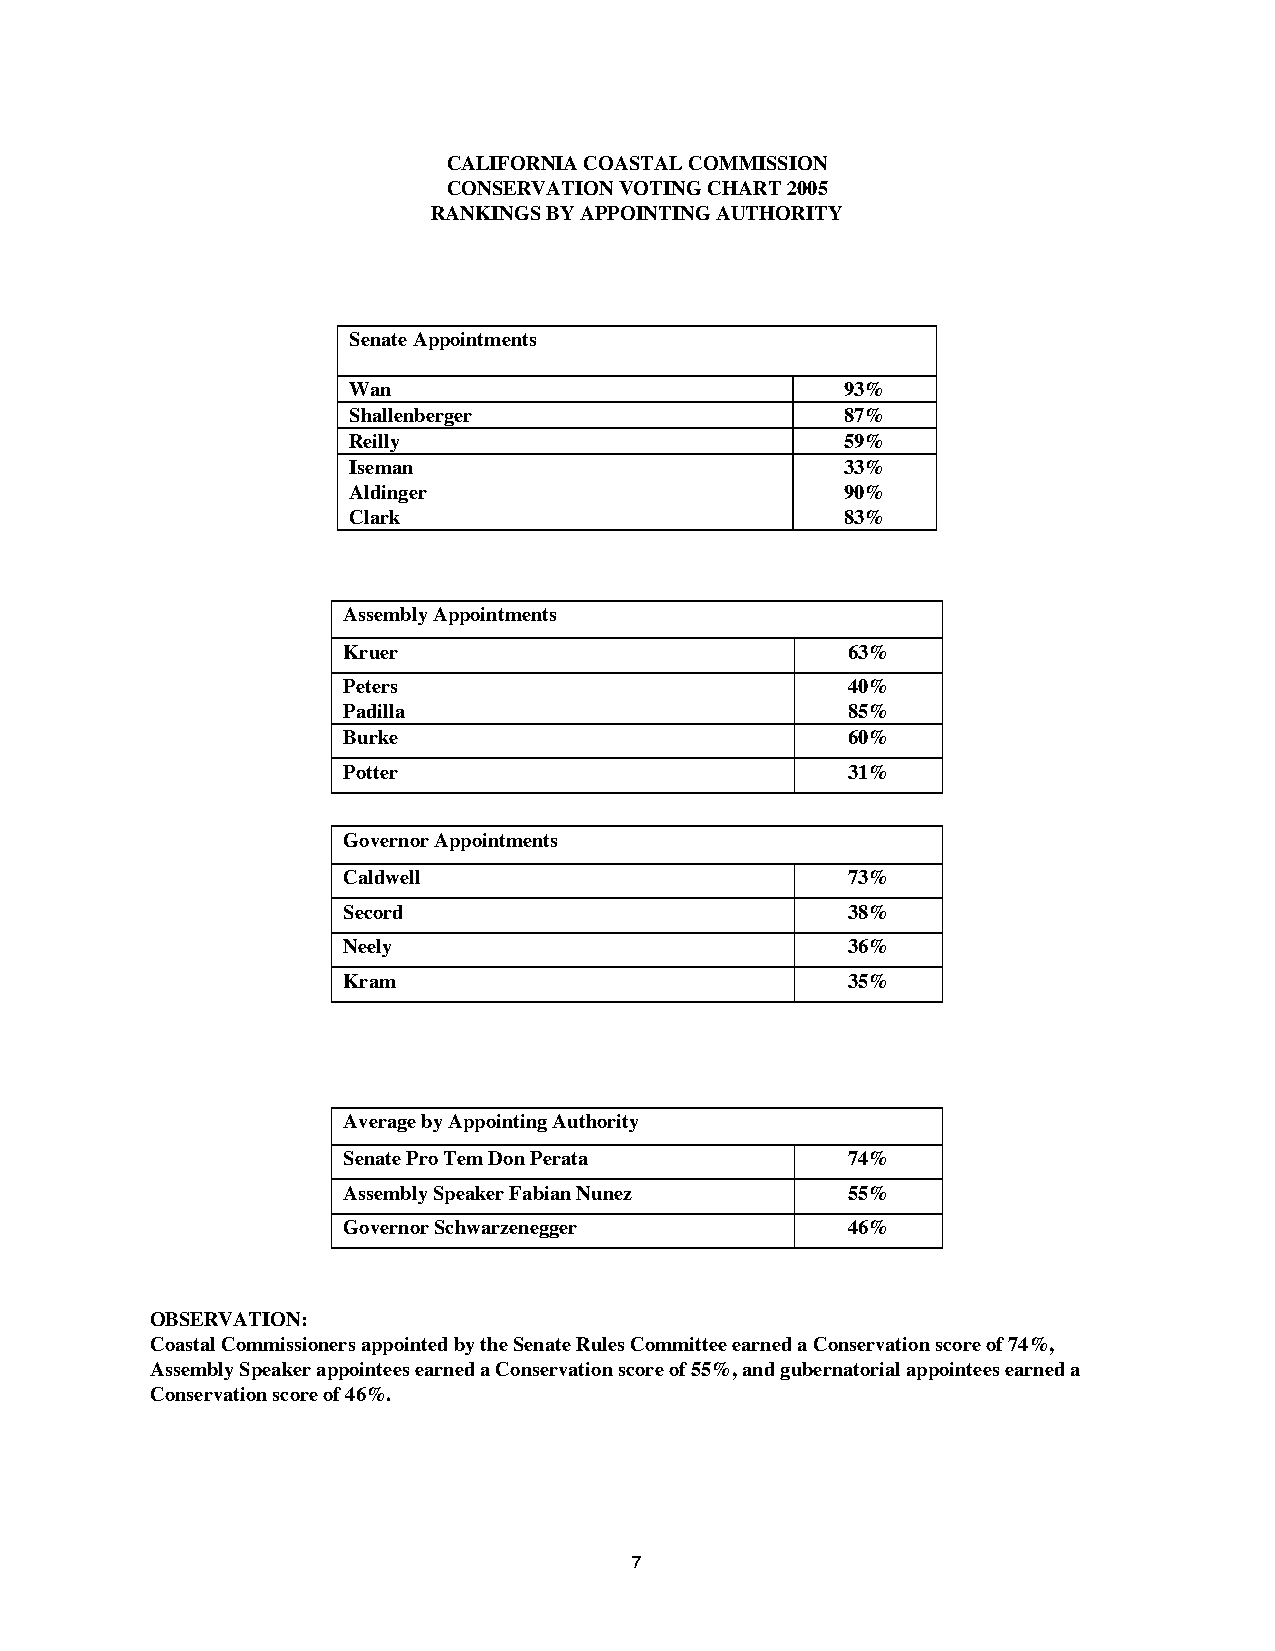
CALIFORNIA COASTAL COMMISSION
 CONSERVATION VOTING CHART 2005
 RANKINGS BY APPOINTING AUTHORITY
 Senate Appointments
 Wan                              93%
 Shallenberger                    87%
 Reilly                           59%
 Iseman                           33%
 Aldinger                         90%
 Clark                            83%
 Assembly Appointments
 Kruer                            63%
 Peters                           40%
 Padilla                          85%
 Burke                            60%
 Potter                           31%
 Governor Appointments
 Caldwell                         73%
 Secord                           38%
 Neely                            36%
 Kram                             35%
 Average by Appointing Authority
 Senate Pro Tem Don Perata        74%
 Assembly Speaker Fabian Nunez    55%
 Governor Schwarzenegger          46%
 OBSERVATION:
 Coastal Commissioners appointed by the Senate Rules Committee earned a Conservation score of 74%,
 Assembly Speaker appointees earned a Conservation score of 55%, and gubernatorial appointees earned a
 Conservation score of 46%.
 7